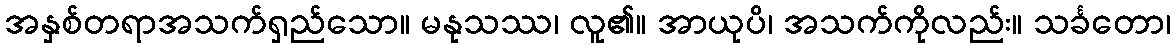
အနှစ်တရာအသက်ရှည်သော။ မနုသဿ၊ လူ၏။ အာယုပိ၊ အသက်ကိုလည်း။ သင်္ခတော၊